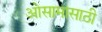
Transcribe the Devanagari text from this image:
ओसामासाठी